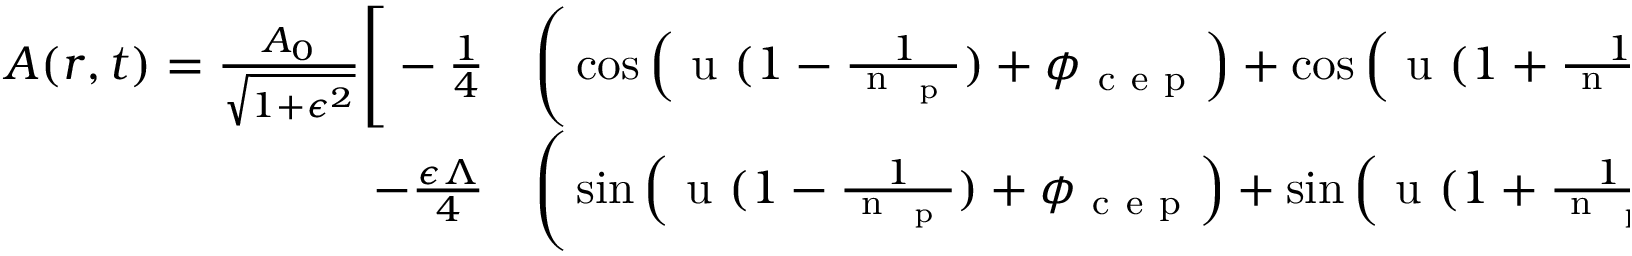
\begin{array} { r l } { \boldsymbol { A } ( \boldsymbol { r } , t ) = \frac { A _ { 0 } } { \sqrt { 1 + \epsilon ^ { 2 } } } \Bigg [ - \frac { 1 } { 4 } } & { { } \Bigg ( \cos \Big ( \mathrm { ~ u ~ } ( 1 - \frac { 1 } { \mathrm { ~ n ~ } _ { \mathrm { ~ p ~ } } } ) + \phi _ { \mathrm { ~ c ~ e ~ p ~ } } \Big ) + \cos \Big ( \mathrm { ~ u ~ } ( 1 + \frac { 1 } { \mathrm { ~ n ~ } _ { \mathrm { ~ p ~ } } } ) + \phi _ { \mathrm { ~ c ~ e ~ p ~ } } \Big ) - 2 \mathrm { ~ c ~ o ~ s ~ } ( \mathrm { ~ u ~ } + \phi _ { \mathrm { ~ c ~ e ~ p ~ } } ) \Bigg ) \boldsymbol { e } _ { x } } \\ { - \frac { \epsilon \Lambda } { 4 } } & { { } \Bigg ( \sin \Big ( \mathrm { ~ u ~ } ( 1 - \frac { 1 } { \mathrm { ~ n ~ } _ { \mathrm { ~ p ~ } } } ) + \phi _ { \mathrm { ~ c ~ e ~ p ~ } } \Big ) + \sin \Big ( \mathrm { ~ u ~ } ( 1 + \frac { 1 } { \mathrm { ~ n ~ } _ { \mathrm { ~ p ~ } } } ) + \phi _ { \mathrm { ~ c ~ e ~ p ~ } } \Big ) - 2 \mathrm { ~ s ~ i ~ n ~ } ( \mathrm { ~ u ~ } + \phi _ { \mathrm { ~ c ~ e ~ p ~ } } ) \Bigg ) \boldsymbol { e } _ { y } \Bigg ] . } \end{array}